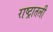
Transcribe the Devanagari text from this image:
राष्ट्रातली